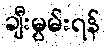
ချီးမွမ်းရန်